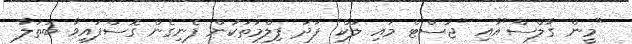
"މީން ގާލްސް"އާއި "ޖަސްޓް މައި ލަކް" ފަދަ ފިލްމުތަކުން ފެނިގެން ގޮސްފައިވާ ބަތަލާ